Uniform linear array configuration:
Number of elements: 64
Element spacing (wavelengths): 0.25
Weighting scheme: exponential
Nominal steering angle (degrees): -60
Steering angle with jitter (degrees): -60.814
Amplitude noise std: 0.05
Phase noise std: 0.05

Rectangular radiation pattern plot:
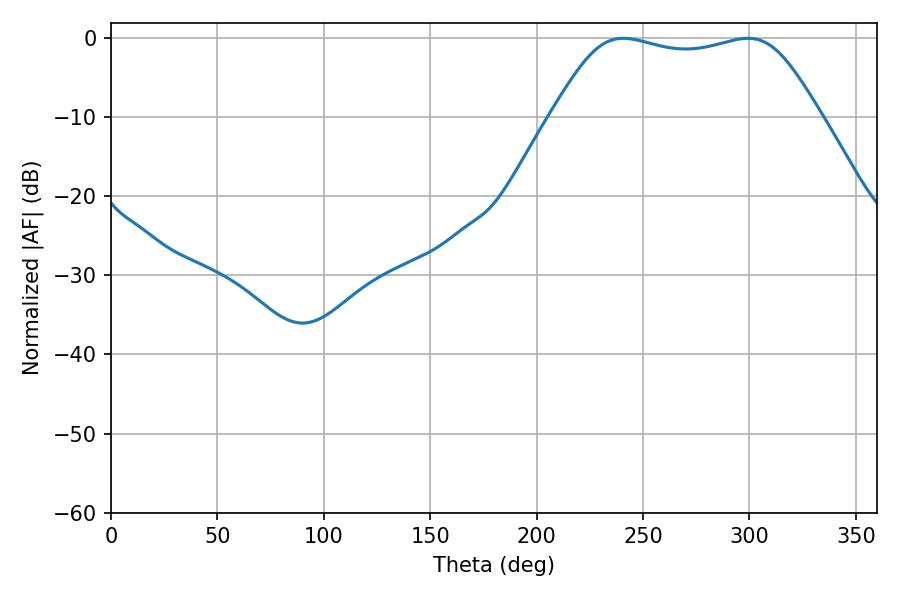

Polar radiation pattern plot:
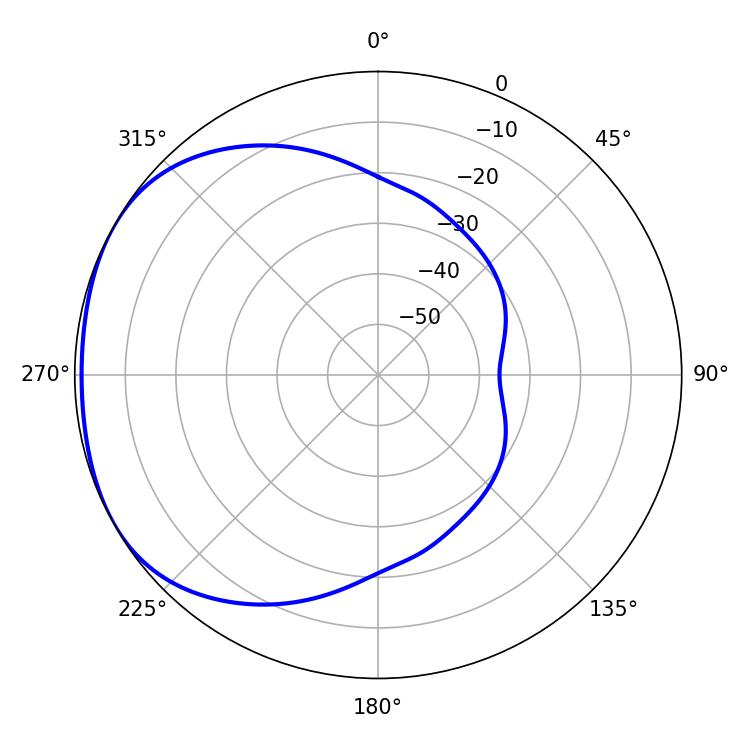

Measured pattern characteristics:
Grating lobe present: FALSE
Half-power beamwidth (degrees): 95.4
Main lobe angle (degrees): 240.66